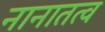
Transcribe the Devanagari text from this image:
नानातत्व